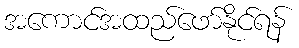
အကောင်အထည်ဖော်နိုင်ရန်